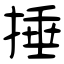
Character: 捶